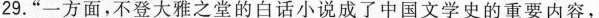
29.“一方面，不登大雅之堂的白话小说成了中国文学史的重要内容，